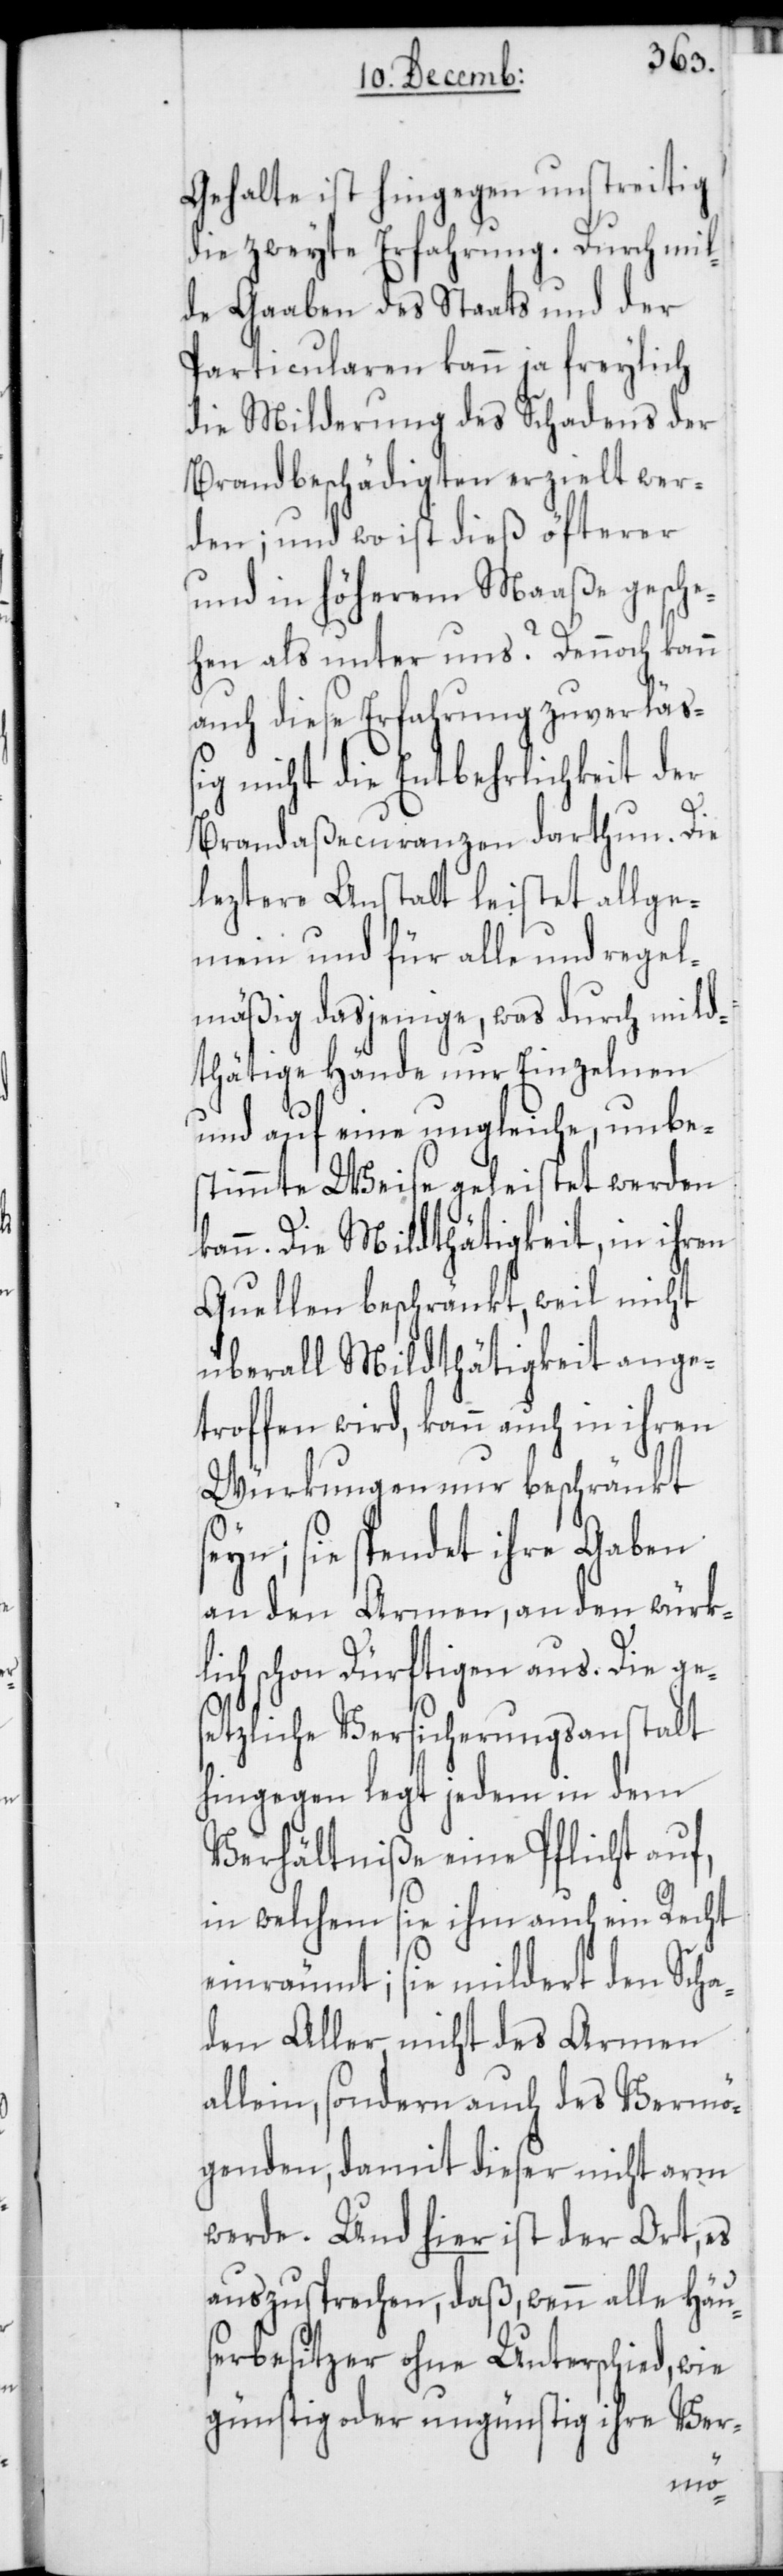
Gehalte ist hingegen unstreitig
die zweyte Erfahrung. Durch mil¬
de Gaaben des Staats und der
Particularen kann ja freylich
die Milderung des Schadens der
Brandbeschädigten erzielt wer¬
den; und wo ist dieß öfterer
und in höherem Maaße gesche¬
hen als unter uns? Dennoch kann
auch diese Erfahrung zuverläß¬
ig nicht die Entbehrlichkeit der
Brandaßekuranzen darthun. Die
leztere Anstalt leistet allge¬
mein und für alle und regel¬
mäßig dasjenige, was durch mild¬
thätige Hände nur Einzelnen
und auf eine ungleiche, unbe¬
stimmte Weise geleistet werden
kann. Die Mildthätigkeit, in ihren
Quellen beschränkt, weil nicht
überall Mildthätigkeit ange¬
troffen wird, kann auch in ihren
Würkungen nur beschränkt
eyn; sie spendet ihre Gaben
an den Armen, an den würk¬
lich schon Dürftigen aus. Die ge¬
setzliche Versicherungsanstalt
hingegen legt jedem in dem
Verhältniße eine Pflicht auf,
in welchem sie ihm auch ein Recht
einräumt; sie mildert den Scha¬
den Aller nicht des Armen
allein, sondern auch des Vermö¬
genden, damit dieser nicht arm
werde. Und hier ist der Ort, es
auszusprechen, daß, wenn alle Häu¬
serbesitzer ohne Unterschied, wie
günstig oder ungünstig ihre Ver-
s¬